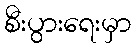
စီးပွားရေးမှာ